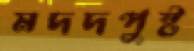
মদদপুষ্ট